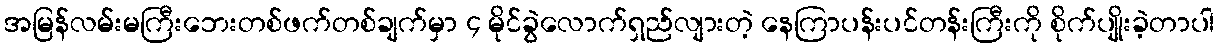
အမြန်လမ်းမကြီးဘေးတစ်ဖက်တစ်ချက်မှာ ၄ မိုင်ခွဲလောက်ရှည်လျားတဲ့ နေကြာပန်းပင်တန်းကြီးကို စိုက်ပျိုးခဲ့တာပါ